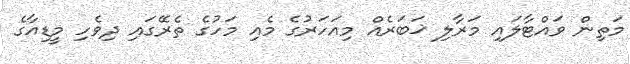
މަތިން ވައްޓާލައި މަރާލި ޚަބަރެއް މިއަހަރުގެ މެއި މަހުގެ ތެރޭގައި ދިވެހި މީޑިއާގެ